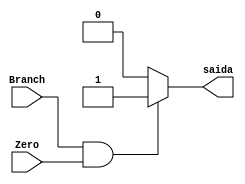
module branch_decision (Branch, Zero, saida);
input Branch, Zero;
output reg saida;
always @(*)
	begin
		if (Branch & Zero)
			begin
				saida = 1'b1;
			end
		else
			begin
				saida = 1'b0;
			end
	end
endmodule